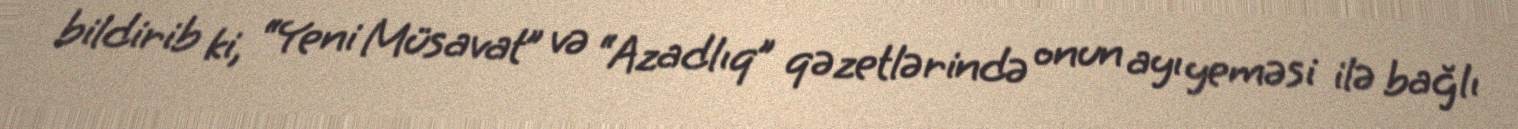
bildirib ki, “Yeni Müsavat” və “Azadlıq” qəzetlərində onun ayı yeməsi ilə bağlı